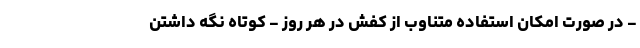
- در صورت امکان استفاده متناوب از کفش در هر روز - کوتاه نگه داشتن